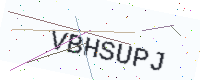
Text: VBHSUPJ